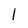
Character: 1